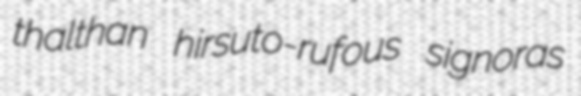
thalthan hirsuto-rufous signoras